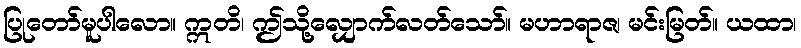
ပြုတော်မူပါလော။ ဣတိ၊ ဤသို့လျှောက်လတ်သော်။ မဟာရာဇ၊ မင်းမြတ်။ ယထာ၊